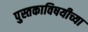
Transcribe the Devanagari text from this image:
पुस्तकाविषयीच्या